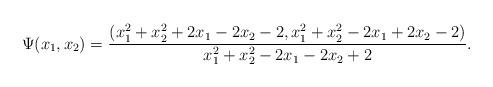
LaTeX: \begin{align*}\Psi(x_1, x_2) =\frac{(x_1^2 + x_2^2 +2x_1 - 2x_2 -2, x_1^2 + x_2^2 - 2x_1 + 2x_2 -2)}{x_1^2 + x_2^2 - 2x_1 - 2x_2 + 2}.\end{align*}